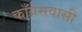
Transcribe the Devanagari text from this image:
काँग्रेसवासी